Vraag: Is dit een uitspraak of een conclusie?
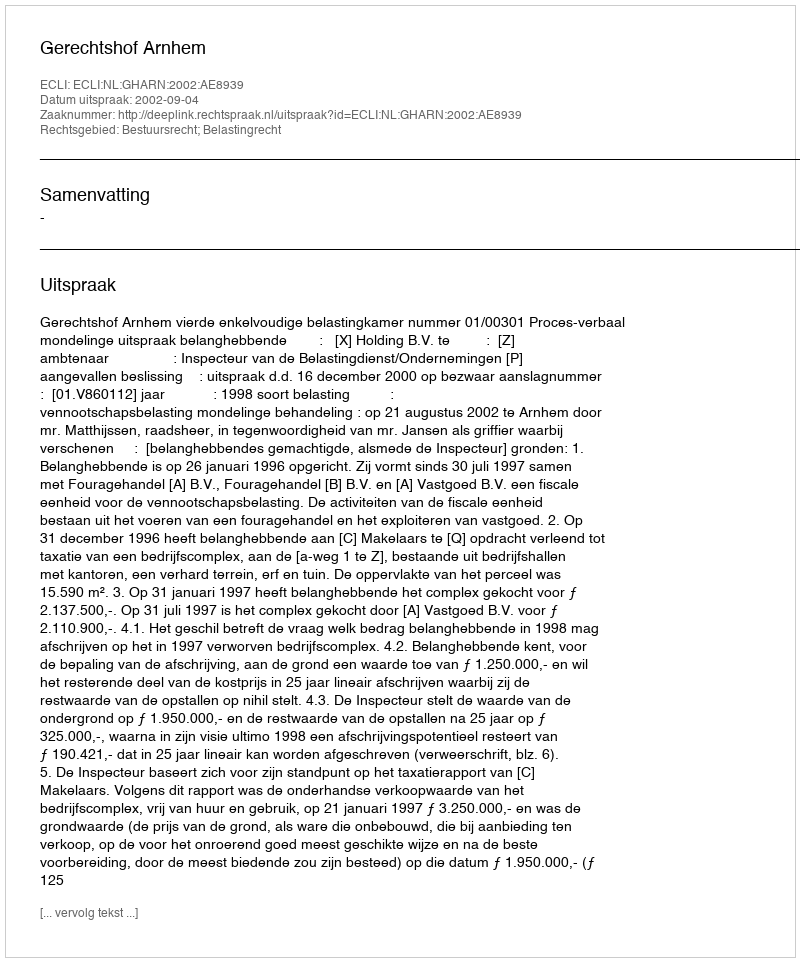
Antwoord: Uitspraak